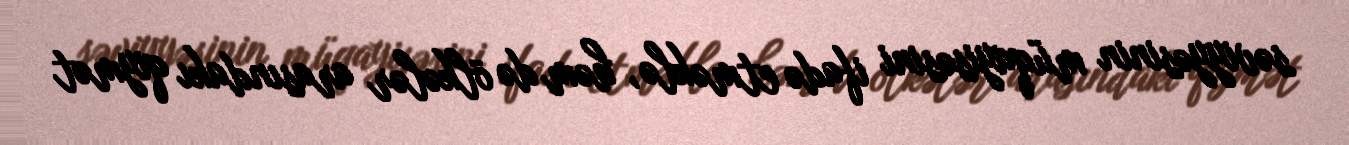
səviyyəsinin müqayisəsini ifadə etməklə, həm də ölkələr arasındakı qiymət